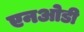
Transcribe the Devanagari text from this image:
एनओडी